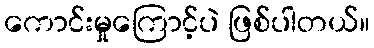
ကောင်းမှုကြောင့်ပဲ ဖြစ်ပါတယ်။